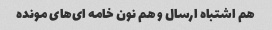
هم اشتباه ارسال و هم نون خامه ای‌های مونده